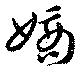
嫡